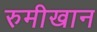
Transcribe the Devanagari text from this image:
रुमीखान